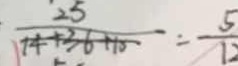
\frac { 2 5 } { 1 4 + 3 6 + 1 0 } = - \frac { 5 } { 1 2 }